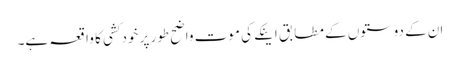
ان کے دوستوں کے مطابق اینکے کی موت واضح طور پر خودکشی کا واقعہ ہے۔